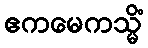
ဧကမေကသ္မိံ